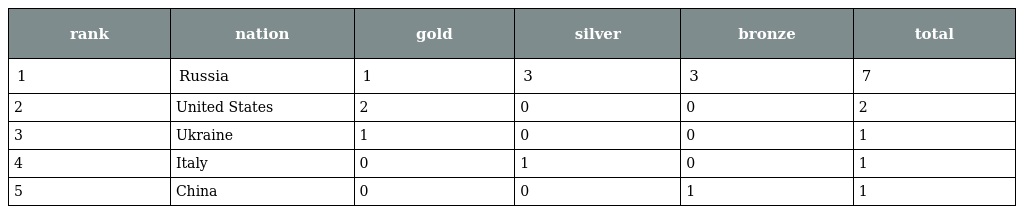
| rank | nation | gold | silver | bronze | total |
 | --- | --- | --- | --- | --- | --- |
 | 1 | Russia | 1 | 3 | 3 | 7 |
 | 2 | United States | 2 | 0 | 0 | 2 |
 | 3 | Ukraine | 1 | 0 | 0 | 1 |
 | 4 | Italy | 0 | 1 | 0 | 1 |
 | 5 | China | 0 | 0 | 1 | 1 |